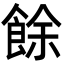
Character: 餘